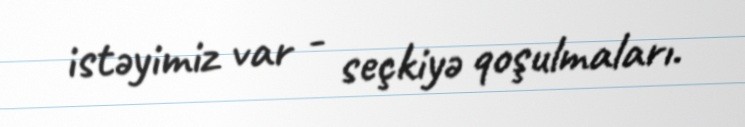
istəyimiz var - seçkiyə qoşulmaları.